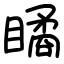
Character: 瞲